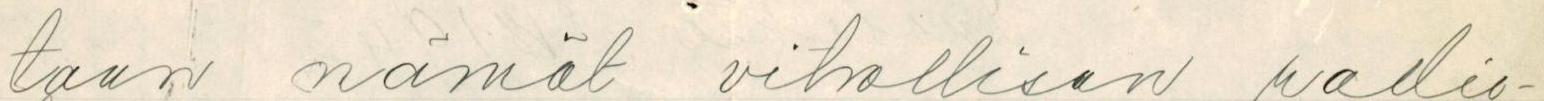
taan nämät vihollisen radio-